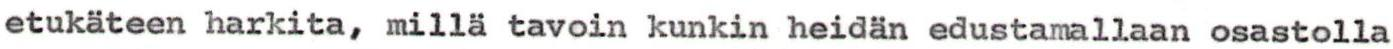
etukäteen harkita, millä tavoin kunkin heidän edustamallaan osastolla